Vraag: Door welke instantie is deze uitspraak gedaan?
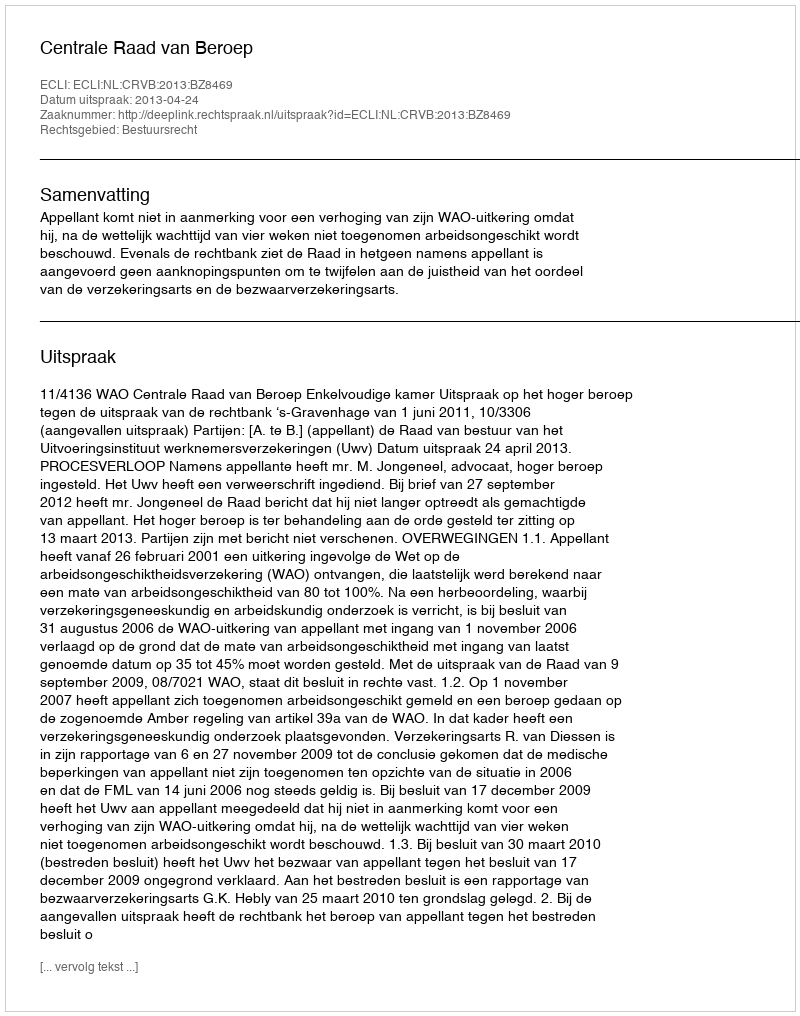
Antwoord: Centrale Raad van Beroep